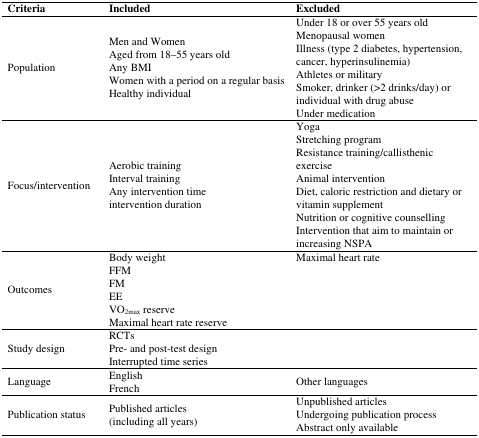
| Criteria | Included | Excluded |
 | --- | --- | --- |
 | Population | Men and Women Aged from 18–55 years old Any BMI Women with a period on a regular basis Healthy individual | Under 18 or over 55 years old Menopausal women Illness (type 2 diabetes, hypertension, cancer, hyperinsulinemia) Athletes or military Smoker, drinker (>2 drinks/day) or individual with drug abuse Under medication |
 | Focus/intervention | Aerobic training Interval training Any intervention time intervention duration | Yoga Stretching program Resistance training/callisthenic exercise Animal intervention Diet, caloric restriction and dietary or vitamin supplement Nutrition or cognitive counselling Intervention that aim to maintain or increasing NSPA |
 | <ROWSPAN=6> Outcomes | Body weight | Maximal heart rate |
 | FFM |  |
 | FM |  |
 | EE |  |
 | VO2max reserve |  |
 | Maximal heart rate reserve |  |
 | Study design | RCTs Pre- and post-test design Interrupted time series |  |
 | Language | English French | Other languages |
 | Publication status | Published articles (including all years) | Unpublished articles Undergoing publication process Abstract only available |